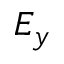
E _ { y }